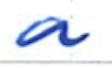
Text: a
Cross-out: clean
Writing tool: ballpoint